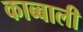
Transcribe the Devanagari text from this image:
काब्बाली